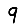
Digit: 9